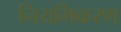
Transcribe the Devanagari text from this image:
नियमिकरण